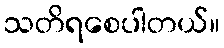
သတိရစေပါတယ်။